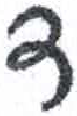
אות: ד